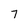
Character: 7